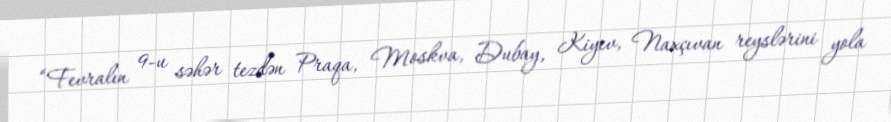
“Fevralın 9-u səhər tezdən Praqa, Moskva, Dubay, Kiyev, Naxçıvan reyslərini yola